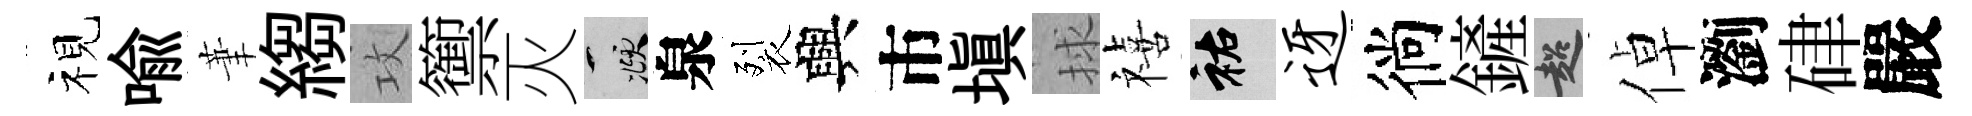
视喻茟縐攻籞灭頫泉裂興市塡捄禧祐迓徜鏟超倬瀏硉嚴